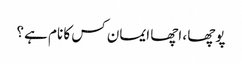
پوچھا ، اچھا ایمان کس کا نام ہے ؟